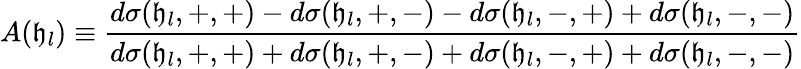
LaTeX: A(\mathfrak{h}_{l})\equiv\frac{{d\sigma(\mathfrak{h}_{l},+,+)-d\sigma(\mathfrak{h}_{l},+,-)-d\sigma(\mathfrak{h}_{l},-,+)+d\sigma(\mathfrak{h}_{l},-,-)}}{{d\sigma(\mathfrak{h}_{l},+,+)+d\sigma(\mathfrak{h}_{l},+,-)+d\sigma(\mathfrak{h}_{l},-,+)+d\sigma(\mathfrak{h}_{l},-,-)}}